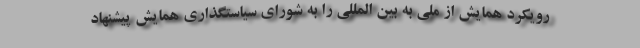
رویکرد همایش از ملی به بین المللی را به شورای سیاستگذاری همایش پیشنهاد